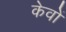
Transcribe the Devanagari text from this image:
केवों